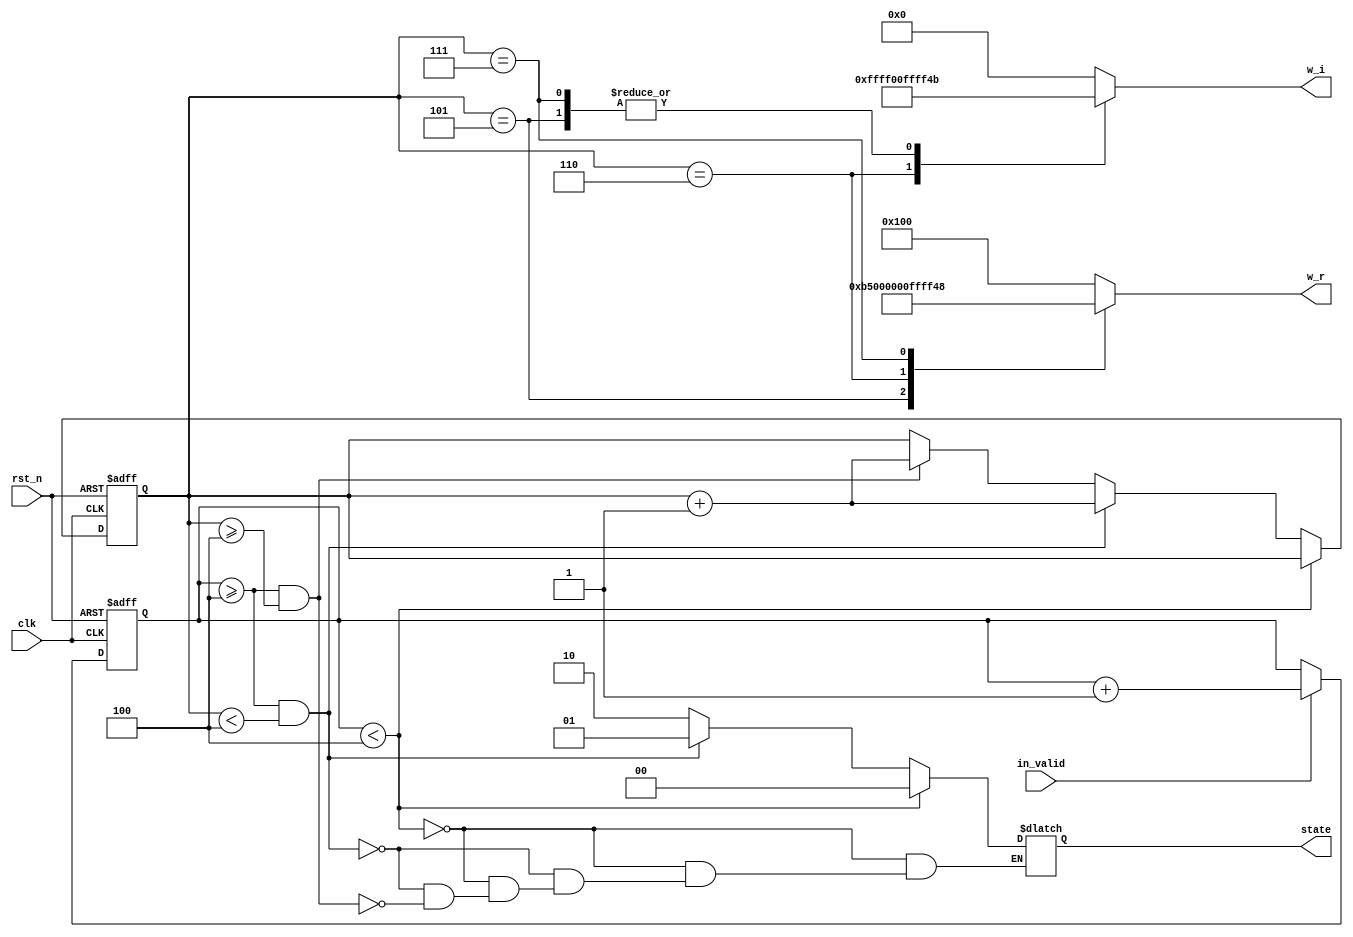
module ROM_4(
	input clk,
	input in_valid,
	input rst_n,
	output reg [23:0] w_r,
	output reg [23:0] w_i,
	output reg[1:0] state
);
////////////////////////////////////////////
// Internal signals
reg [8:0] count,next_count;
reg [2:0] s_count,next_s_count;
////////////////////////////////////////////
// Next state logic
always @(*) begin
    if(in_valid)
    begin 
        next_count = count + 1;
        next_s_count = s_count;
    end
    else begin
        next_count = count;
        next_s_count = s_count;  
    end

    if (count<9'd4) 
        state = 2'd0;
    else if (count >= 9'd4 && s_count < 3'd4)begin
        state = 2'd1;
        next_s_count = s_count + 1;
    end
    else if (count >= 9'd4 && s_count >= 3'd4)begin
        state = 2'd2;
        next_s_count = s_count + 1;
    end

	case(s_count)
	3'd4: begin 
	 w_r = 24'b 000000000000000100000000;
	 w_i = 24'b 000000000000000000000000;
	 end
	3'd5: begin 
	 w_r = 24'b 000000000000000010110101;
	 w_i = 24'b 111111111111111101001011;
	 end
	3'd6: begin 
	 w_r = 24'b 000000000000000000000000;
	 w_i = 24'b 111111111111111100000000;
	 end
	3'd7: begin 
	 w_r = 24'b 111111111111111101001011;
	 w_i = 24'b 111111111111111101001011;
	 end
	default: begin 
	 w_r = 24'b 000000000000000100000000;
	 w_i = 24'b 000000000000000000000000;
	 end
	endcase
end
////////////////////////////////////////////
// State register
always@(posedge clk or negedge rst_n)begin
    if(~rst_n)begin
        count <= 0;
        s_count <= 0;
    end
    else begin
        count <= next_count;
        s_count <= next_s_count;
    end
end
endmodule